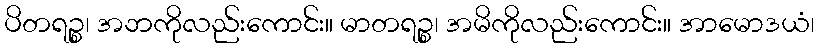
ပိတရဉ္စ၊ အဘကိုလည်းကောင်း။ မာတရဉ္စ၊ အမိကိုလည်းကောင်း။ အာမောဒယံ၊